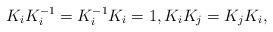
LaTeX: \begin{align*}K_iK_i^{-1} = K_i^{-1}K_i=1, K_iK_j = K_jK_i,\end{align*}